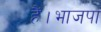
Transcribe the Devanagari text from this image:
हैं।भाजपा